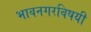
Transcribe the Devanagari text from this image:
भावनगरविषयी